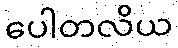
ပေါတလိယ